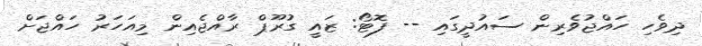
ދިވެހި ހައްޖުވެރިން ސައުދީގައި -- ފޮޓޯ: ޒައީ ގުރޫޕް ރާއްޖެއިން މިއަހަރު ހައްޖަށް